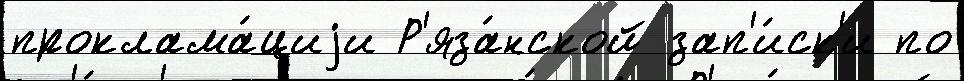
проклама́циjи Р'яза́нской зап'и́ск'и по